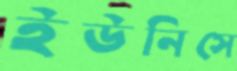
ইউনিসে